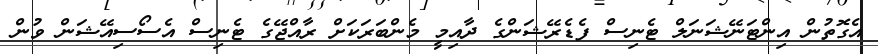
އެގޮތުން އިންޓަނޭޝަނަލް ޓެނިސް ފެޑެރޭޝަންގެ ދާއިމީ މެންބަރަކަށް ރާއްޖޭގެ ޓެނިސް އެސޯސިއޭޝަން ވުން